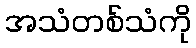
အသံတစ်သံကို